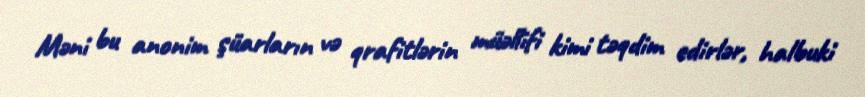
Məni bu anonim şüarların və qrafitlərin müəllifi kimi təqdim edirlər, halbuki